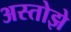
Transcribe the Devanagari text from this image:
अस्तोझे